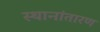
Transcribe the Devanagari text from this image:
स्थानांतारण